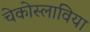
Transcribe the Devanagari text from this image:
चेकोस्लाविया